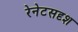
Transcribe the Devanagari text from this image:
रेनेटसदृश